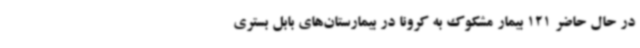
در حال حاضر 121 بیمار مشکوک به کرونا در بیمارستان‌های بابل بستری